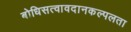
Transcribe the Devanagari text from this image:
बोधिसत्वावदानकल्पलता